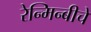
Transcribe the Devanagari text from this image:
रेन्मिन्बीचे